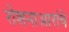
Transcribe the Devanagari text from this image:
रोशनाआरांचे